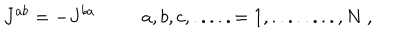
LaTeX: J ^ { a b } = - J ^ { b a } \ \ a , b , c , . . . . . = 1 , . . . . . . . . , N \ ,